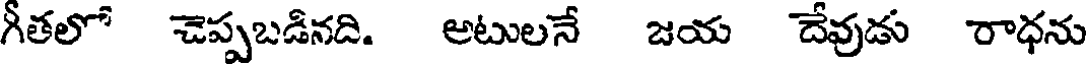
గీతలో చెప్పబడినది. అటులనే జయ దేవుడు రాధను